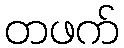
တဖက်